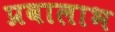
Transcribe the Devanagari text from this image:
प्रवालाभ